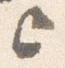
上